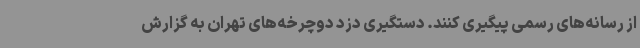
از رسانه‌های رسمی پیگیری کنند. دستگیری دزد دوچرخه‌های تهران به گزارش